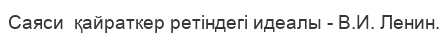
Саяси  қайраткер ретіндегі идеалы - В.И. Ленин.